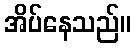
အိပ်နေသည်။